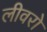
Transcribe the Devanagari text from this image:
लीवरो